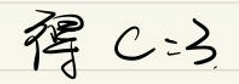
得\(c = 3\)